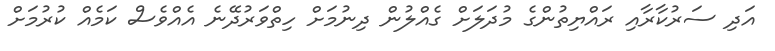
އަދި ސަރުކާރާއި ރައްޔިތުންގެ މުދަލަށް ގެއްލުން ދިނުމަށް ހިތްވަރުދޭނެ އެއްވެސް ކަމެއް ކުރުމަށް